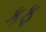
કફ